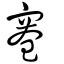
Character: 寋